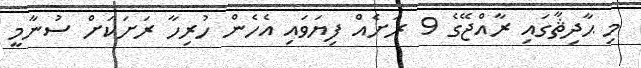
މި ޙާދިޘާގައި ރާއްޖޭގެ 9 ރަށެއް ފިޔަވައި އެހެން ހުރިހާ ރަށަކަށް ސުނާމީ